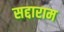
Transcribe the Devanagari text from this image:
सद्दाराम